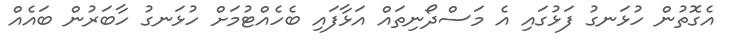
އެގޮތުން ހުޅަނގު ފަޅުގައި އެ މަސްދޯނިތައް އަޅާފައި ބެހެއްޓުމަށް ހުޅަނގު ހާބަރުން ބައެއް